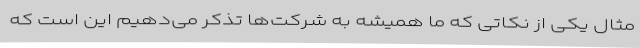
مثال یکی از نکاتی که ما همیشه به شرکت‌ها تذکر می‌دهیم این است که